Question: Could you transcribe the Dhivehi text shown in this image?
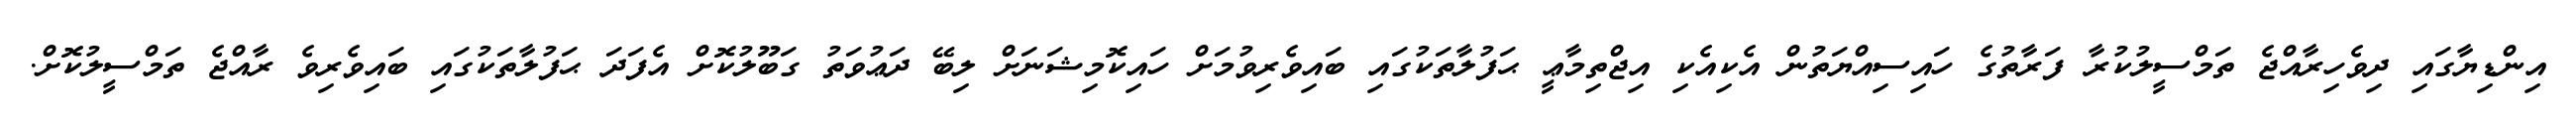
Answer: އިންޑިޔާގައި ދިވެހިރާއްޖެ ތަމްސީލުކުރާ ފަރާތުގެ ހައިސިއްޔަތުން އެކިއެކި އިޖްތިމާޢީ ޙަފުލާތަކުގައި ބައިވެރިވުމަށް ހައިކޮމިޝަނަށް ލިބޭ ދަޢުވަތު ގަބޫލުކޮށް އެފަދަ ޙަފުލާތަކުގައި ބައިވެރިވެ ރާއްޖެ ތަމްސީލުކޮށް.